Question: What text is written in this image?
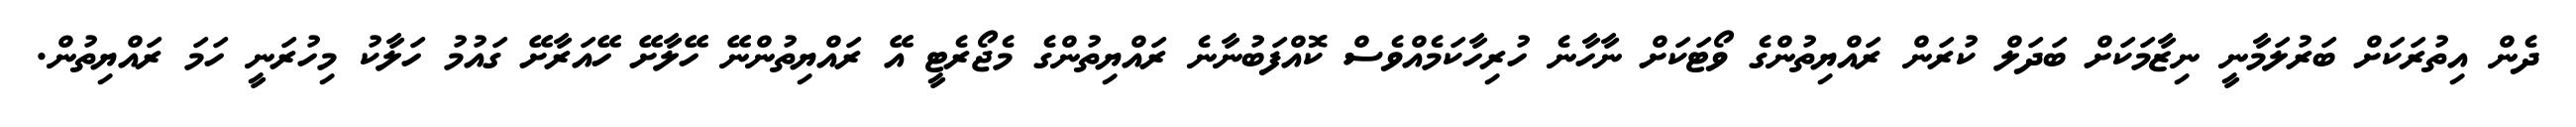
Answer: ދެން އިތުރަކަށް ބަރުލަމާނީ ނިޒާމަކަށް ބަދަލް ކުރަން ރައްޔިތުންގެ ވޯޓަކަށް ނާހާނެ ހުރިހާކަމެއްވެސް ކޮއްފަބުނާނެ ރައްޔިތުންގެ މެޖޯރެޓީ އޭ ރައްޔިތުންނޭ ހޭލާށޭ ހޭއަރާށޭ ގައުމު ހަލާކު މިހުރަނީ ހަމަ ރައްޔިތުން.